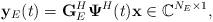
LaTeX: \begin{align*}{\bf y}_E(t)={\bf G}_E^H \boldsymbol{\Psi}^H(t) {\bf x} \in \mathbb{C}^{N_E \times 1},\end{align*}